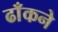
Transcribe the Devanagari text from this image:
ढाँकने